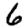
Digit: 6